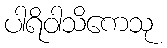
ပါရိဝါသိကေသု